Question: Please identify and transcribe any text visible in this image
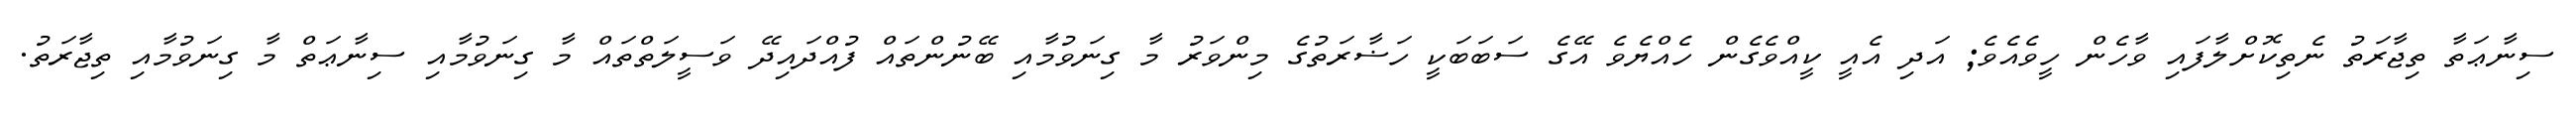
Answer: ސިނާޢަތާ ތިޖާރަތު ނެތިކޮށްލާފައި ވާހެން ހީވެއެވެ; އަދި އެއީ ކީއްވެގެން ހެއްޔެވެ އޭގެ ސަބަބަކީ ހަޟާރަތުގެ މިންވަރު މާ ގިނަވުމާއި ބޭނުންތައް ފުއްދައިދޭ ވަސީލަތްތައް މާ ގިނަވުމާއި ސިނާޢަތް މާ ގިނަވުމާއި ތިޖާރަތު.